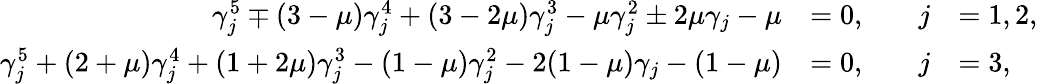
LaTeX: \begin{array}{rlrl}{\gamma_{j}^{5}\mp(3-\mu)\gamma_{j}^{4}+(3-2\mu)\gamma_{j}^{3}-\mu\gamma_{j}^{2}\pm 2\mu\gamma_{j}-\mu}&{=0,\quad}&{j}&{=1,2,}\\ {\gamma_{j}^{5}+(2+\mu)\gamma_{j}^{4}+(1+2\mu)\gamma_{j}^{3}-(1-\mu)\gamma_{j}^{2}-2(1-\mu)\gamma_{j}-(1-\mu)}&{=0,\quad}&{j}&{=3,}\end{array}